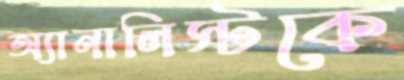
অ্যানালিস্টকে